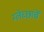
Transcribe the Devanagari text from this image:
म्लेच्छांचें